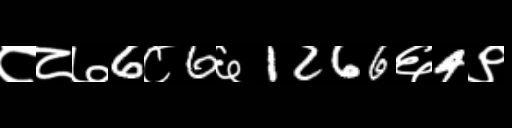
Text: ८८७6८6६1266६4९